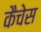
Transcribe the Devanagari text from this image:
कैचेस